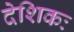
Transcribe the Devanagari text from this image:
देशिकः